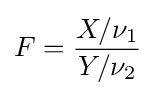
F={\frac {X/\nu _{1}}{Y/\nu _{2}}}